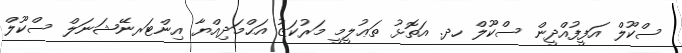
ސްކޫލް އަފީފުއްދީން ސްކޫލް ހދ. އަތޮޅު ތަޢުލީމީ މަރުކަޒު އަޙްމަދިއްޔާ އިންޓަރނޭޝަނަލް ސްކޫލް